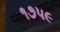
૧૭૫૯